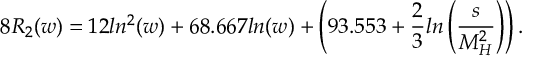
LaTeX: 8 R _ { 2 } ( w ) = 1 2 l n ^ { 2 } ( w ) + 6 8 . 6 6 7 l n ( w ) + \left( 9 3 . 5 5 3 + \frac { 2 } { 3 } l n \left( \frac { s } { M _ { H } ^ { 2 } } \right) \right) .